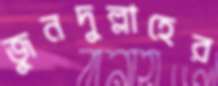
জুনদুল্লাহের